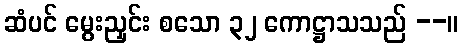
ဆံပင် မွေးညှင်း စသော ၃၂ ကောဋ္ဌာသသည် --။